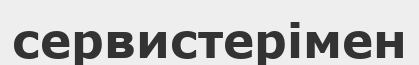
сервистерімен